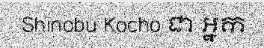
Shinobu Kocho ជា អ្នក